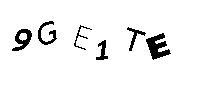
9GE1TE